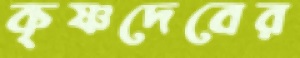
কৃষ্ণদেবের